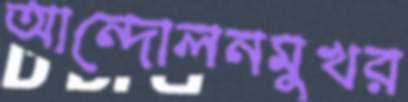
আন্দোলনমুখর